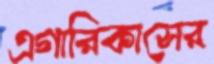
এগারিকাসের